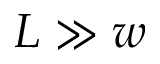
L \gg w